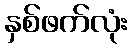
နှစ်ဖက်လုံး